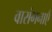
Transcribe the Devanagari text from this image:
वारांगनाएँ